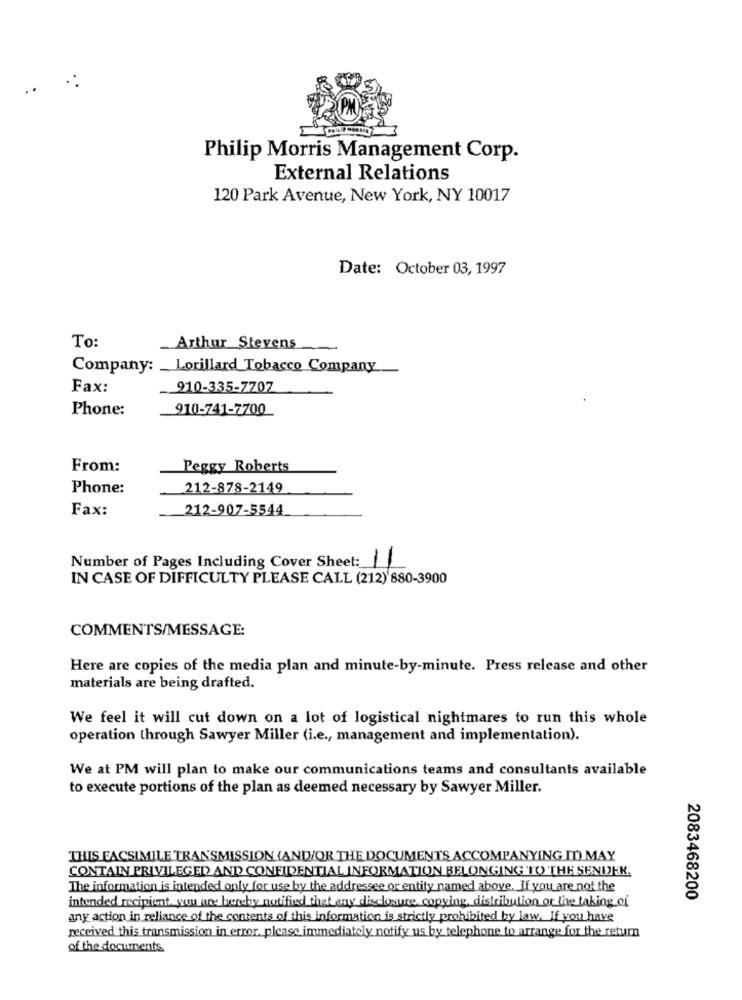
..
Philip Morris Management Corp.
External Relations
120 Park Avenue, New York, NY 10017
Date: October 03, 1997
To:
Arthur Stevens
Company: Lorillard Tobacco Company
Fax:
.910-335-7707
Phone:
910-741-7700
From:
Peggy Roberts
Phone:
212-878-2149
Fax:
212-907-5544
Number of Pages Including Cover Sheet: 11
IN CASE OF DIFFICULTY PLEASE CALL (212) 880-3900
COMMENTS/MESSAGE:
Here are copies of the media plan and minute-by-minute. Press release and other
materials are being drafted.
We feel it will cut down on a lot of logistical nightmares to run this whole
operation through Sawyer Miller (i.e ., management and implementation).
We at PM will plan to make our communications teams and consultants available
to execute portions of the plan as deemed necessary by Sawyer Miller.
THIS FACSIMILE TRANSMISSION (AND/OR THE DOCUMENTS ACCOMPANYING ID MAY
CONTAIN PRIVILEGED AND CONFIDENTIAL INFORMATION BELONGING TO THE SENDER.
The information is intended only for use by the addressee or entity named above. If you are not the
intended recipient you are hereby notified that any disclosure, copying, distribution or the taking of
2083468200
any action in reliance of the contents of this information is strictly prohibited by law. If you have
received this transmission in error, please immediately notify us by telephone to arrange for the return
of the documents